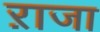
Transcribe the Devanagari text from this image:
ऱाजा